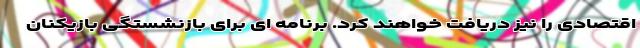
اقتصادی را نیز دریافت خواهند کرد. برنامه ای برای بازنشستگی بازیکنان